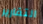
التقارير